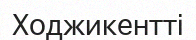
Ходжикентті